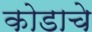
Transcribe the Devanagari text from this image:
कोडाचे